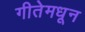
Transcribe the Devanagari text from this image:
गीतेमधून